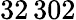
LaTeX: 32\, 302